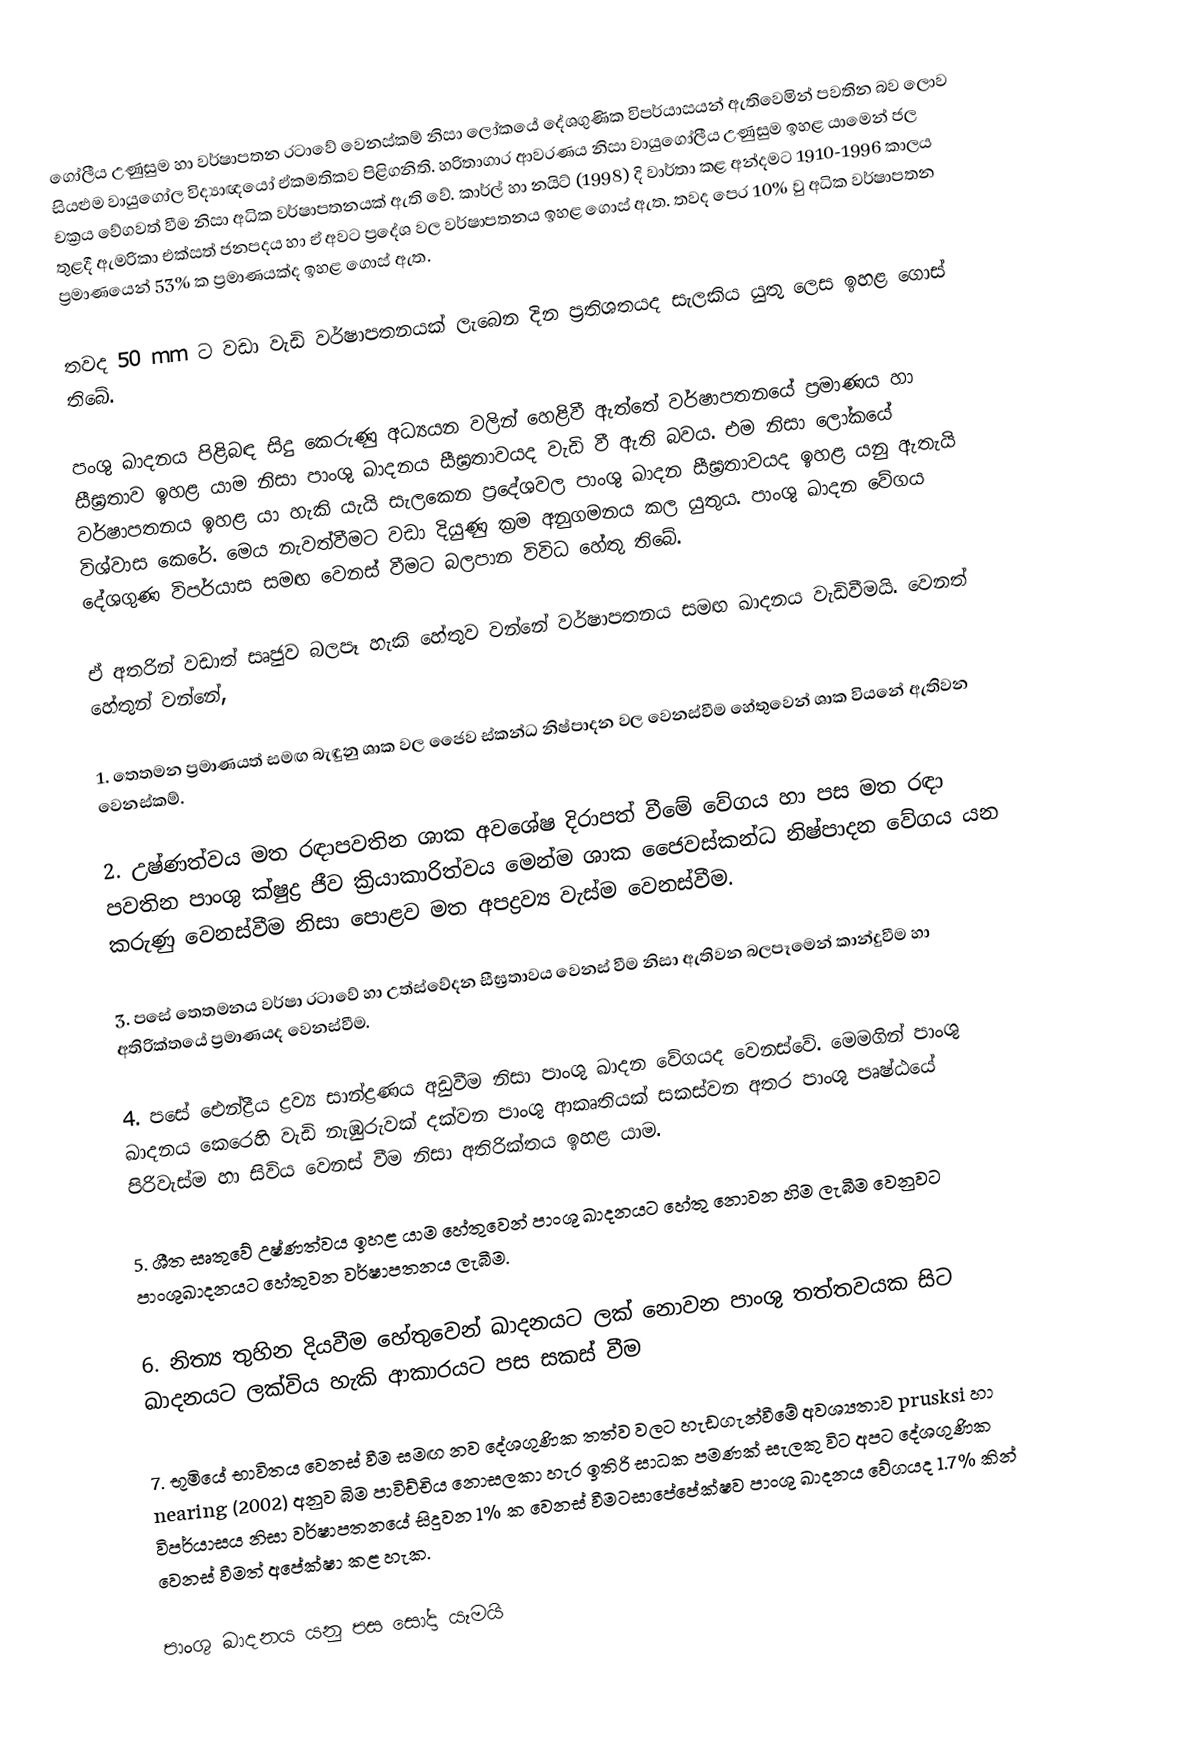
ගෝලීය උණුසුම හා වර්ෂාපතන රටාවේ වෙනස්කම් නිසා ලෝකයේ දේශගුණික විපර්යාසයන් ඇතිවෙමින් පවතින බව ලොව සියළුම වායුගෝල විද්‍යාඥයෝ ඒකමතිකව පිළිගනිති. හරිතාගාර ආවරණය නිසා වායුගෝලීය උණුසුම ඉහළ යාමෙන් ජල චක්‍රය වේගවත් වීම නිසා අධික වර්ෂාපතනයක් ඇති වේ. කාර්ල් හා නයිට් (1998) දි වාර්තා කළ අන්දමට 1910-1996 කාලය තුළදී ඇමරිකා එක්සත් ජනපදය හා ඒ අවට ප්‍රදේශ වල වර්ෂාපතනය ඉහළ ගොස් ඇත. තවද පෙර 10% වු අධික වර්ෂාපතන ප්‍රමාණයෙන් 53% ක ප්‍රමාණයක්ද ඉහළ ගොස් ඇත.

තවද 50 mm ට වඩා වැඩි වර්ෂාපතනයක් ලැබෙන දින ප්‍රතිශතයද සැලකිය යුතු ලෙස ඉහළ ගොස් තිබේ.

පංශු ඛාදනය පිළිබඳ සිදු කෙරුණු අධ්‍යයන වලින් හෙළිවී ඇත්තේ වර්ෂාපත‍නයේ ප්‍රමාණය හා සීඝ්‍රතාව ඉහළ යාම නිසා පාංශු ඛාදනය සීඝ්‍රතාවයද වැඩි වී ඇති බවය. එම නිසා ලෝකයේ වර්ෂාපත‍නය ඉහළ යා හැකි යැයි සැලකෙන ප්‍රදේශවල පාංශු ඛාදන සීඝ්‍රතාවයද ඉහළ යනු ඇතැයි විශ්වාස කෙරේ. මෙය නැවත්වීමට වඩා දියුණු ක්‍රම අනුගමනය කල යුතුය. පාංශු ‍ඛාදන වේගය දේශගුණ විපර්යාස සමඟ වෙනස් වීමට බලපාන විවිධ හේතු තිබේ.

ඒ අතරින් වඩාත් සෘජුව බලපෑ හැකි හේතුව වන්නේ වර්ෂාපතනය සමඟ ඛාදනය වැඩිවීමයි. වෙනත් හේතුන් වන්නේ,

1.	තෙතමන ප්‍රමාණයත් සමඟ බැඳුනු ශාක වල ජෛව ස්කන්ධ නිෂ්පාදන වල වෙනස්වීම හේතුවෙන් ශාක වියනේ ඇතිවන වෙනස්කම්.

2.	උෂ්ණත්වය මත රඳාපවතින ශාක අවශේෂ දිරාපත් වීමේ වේගය හා පස මත රඳා පවතින පාංශු ක්ෂුද්‍ර ජීව ක්‍රියාකාරිත්වය මෙන්ම ශාක ජෛවස්කන්ධ නිෂ්පාදන වේගය යන කරුණු වෙනස්වීම නිසා පොළව මත අපද්‍රව්‍ය වැස්ම වෙනස්වීම.

3.	පසේ තෙතමනය වර්ෂා රටාවේ හා උත්‍ස්වේදන සීඝ්‍රතාවය වෙනස් වීම නිසා ඇතිවන බලපෑමෙන් කාන්දුවීම හා අතිරික්තයේ ප්‍රමාණයද වෙනස්වීම.

4.	පසේ ඓන්ද්‍රීය ද්‍රව්‍ය සාන්ද්‍රණය අඩුවීම නිසා පාංශු ඛාදන වේගයද වෙනස්වේ. මෙමගින් පාංශු ඛාදනය කෙරෙහි වැඩි නැඹුරුවක් දක්වන පාංශු ආකෘතියක් සකස්වන අතර පාංශු පෘෂ්ඨයේ පිරිවැස්ම හා සිවිය වෙනස් වීම නිසා අතිරික්තය ඉහළ යාම.

5.	ශීත සෘතුවේ උෂ්ණත්වය ඉහළ යාම හේතුවෙන් පාංශු ඛාදනයට හේතු නොවන හිම ලැබීම වෙනුවට පාංශුඛාදනයට හේතුවන වර්ෂාපතනය ලැබීම.

6.	නිත්‍ය තුහින දියවීම හේතුවෙන් ඛාදනයට ලක් නොවන පාංශු තත්තවයක සිට ඛාදනයට ලක්විය හැකි ආකාරයට පස සකස් වීම

7.	භූමියේ භාවිතය වෙනස් වීම සමඟ නව දේශගුණික තත්ව වලට හැඩගැන්වීමේ අවශ්‍යතාව prusksi හා nearing (2002) අනුව බිම පාවිච්චිය නොසලකා හැර ඉතිරි සාධක පමණක් සැලකු විට අපට දේශගුණික විපර්යාසය නිසා වර්ෂාපතනයේ සිදුවන 1% ක වෙනස් වීමට‍සාපේපේක්ෂව පාංශු ඛාදනය වේගයද 1.7% කින් වෙනස් වීමත් අපේක්ෂා කළ හැක.

පාංශු ඛාදනය යනු පස සෝදා යෑමයි